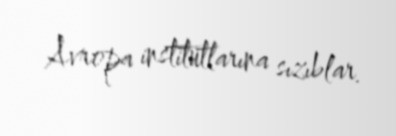
Avropa institutlarına sızıblar.